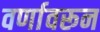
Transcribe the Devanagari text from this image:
वर्णावरून